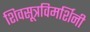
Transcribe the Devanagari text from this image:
शिवसूत्रविमर्शिनी